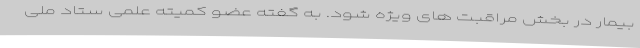
بیمار در بخش مراقبت های ویژه شود. به گفته عضو کمیته علمی ستاد ملی